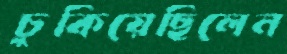
চুকিয়েছিলেন